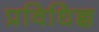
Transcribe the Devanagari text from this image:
प्रविधिज्ञ